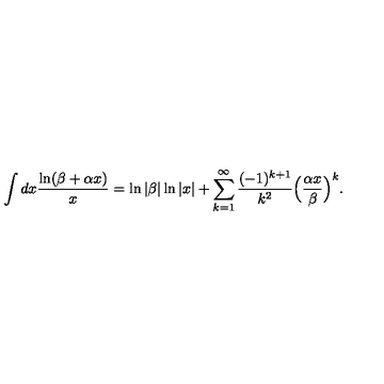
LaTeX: \int d x \frac { \ln ( \beta + \alpha x ) } { x } = \ln \vert \beta \vert \ln \vert x \vert + \sum _ { k = 1 } ^ { \infty } \frac { ( - 1 ) ^ { k + 1 } } { k ^ { 2 } } \Bigl ( \frac { \alpha x } { \beta } \Bigr ) ^ { k } .